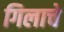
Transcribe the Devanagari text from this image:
गिलाचे